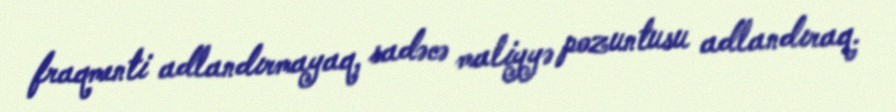
fraqmenti adlandırmayaq, sadəcə maliyyə pozuntusu adlandıraq.